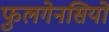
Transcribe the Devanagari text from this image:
फुलगेनसियों